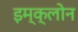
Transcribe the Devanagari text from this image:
इम्‍क्‍लोन